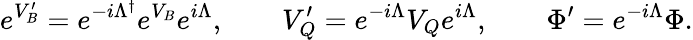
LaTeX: e^{V_{B}^{\prime}}=e^{-i\Lambda^{\dagger}}e^{V_{B}}e^{i\Lambda},\qquad V_{Q}^{\prime}=e^{-i\Lambda}V_{Q}e^{i\Lambda},\qquad\Phi^{\prime}=e^{-i\Lambda}\Phi.